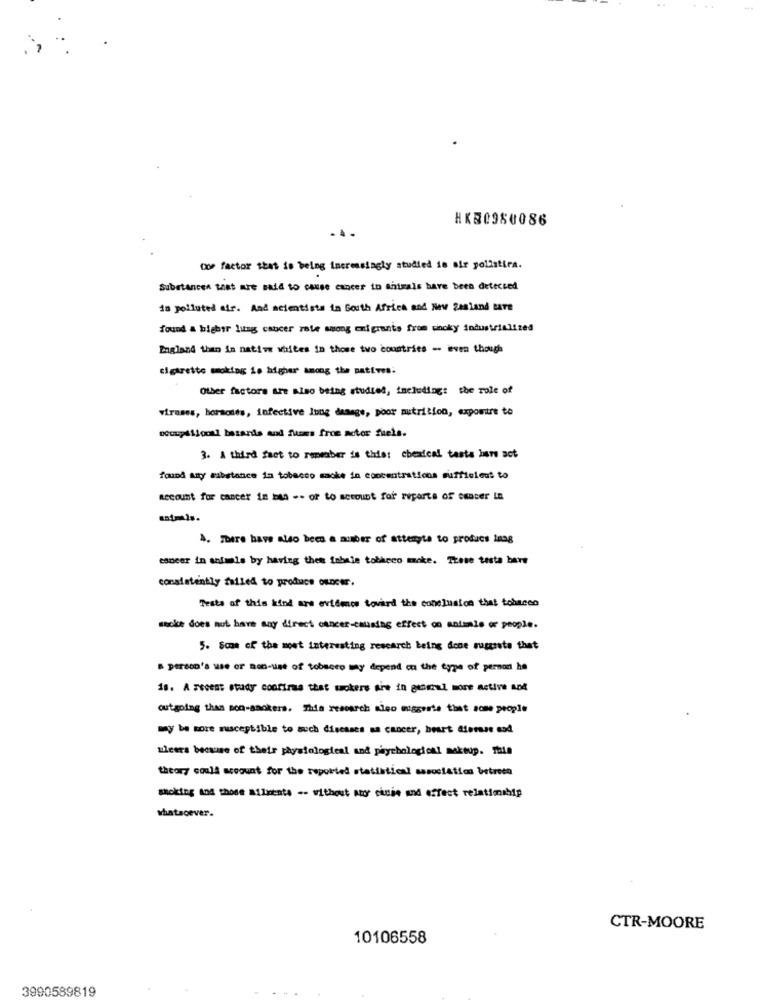
HKS0980086
"'> factor that is being increasingly studied is oir pollatica.
Substances that are said to cause cancer in animals have been detected
is polluted air. And scientists in South Africa and New Zealand care
found & bigbir lung cancer rote among emigrants from wicky industrialized
England than in native whites in those two countries - even though
cigarette moking is higher among the natives.
Other factors are also being studiet, including: the role of
viruses, hormones, infective lung damage, poor nutrition, exposure to
occupational bastards and fuoms from motor fuels.
3. A third fact to remember is this: chemical taste bare act
found aty substance in tobacco macke in concentrations sufficient to
account for cancer in Den -- or to account for reparts of center In
satmls.
4. There have also been a number of attenyta to produce inag
esnear in animals by having thee inhale tobacco moke. These testa bare
consistently failed to produce ouncer.
Testa of this kind are evideos tovard the conclusion that tobacco
socke does not have any direct cancer-causing effect on antemale or people.
5. Some of the most interesting research being done suggests that
person's use or mon-wise of tobacco way depend on the type of person ha
18. A recent study confirms that mokers sie in general more active and
outgoing than non-smokers. Thia research also muggeste that some people
my be more susceptible to auch diseases sa cancer, heart disease sod
wieers because of their physiological and psychological makeup. mais
theory ecall megunt for the reported statistical casociática betrees
smoking and those ailments -. without por cause and effect relationship
whatsoever.
CTR-MOORE
10106558
3990589819